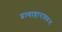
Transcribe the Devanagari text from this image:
प्रत्याहारावरून